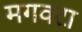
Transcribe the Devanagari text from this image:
मगवटा